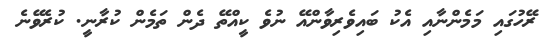
ރޭހުގައި މަމެންނާއި އެކު ބައިވެރިވާންއޭ ނުވެ ކީއްތޭ ދެން ތަމެން ކުރާނީ. ކުރެވޭނެ